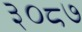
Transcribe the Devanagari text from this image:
३०८७